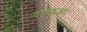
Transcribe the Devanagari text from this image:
राऊळ।